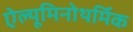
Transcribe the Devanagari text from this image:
ऐल्यूमिनोथर्मिक